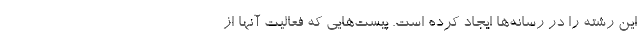
این رشته را در رسانه‌ها ایجاد کرده است. پیست‌هایی که فعالیت آنها از